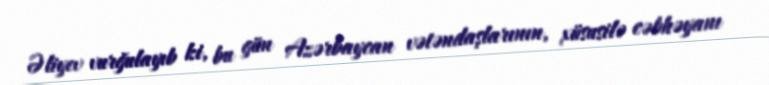
Əliyev vurğulayıb ki, bu gün Azərbaycan vətəndaşlarının, xüsusilə cəbhəyanı